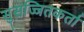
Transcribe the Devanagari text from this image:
सुसज्जितकर्ता